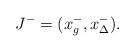
LaTeX: \begin{align*}J^-=(x_g^-,x_\Delta^-).\end{align*}